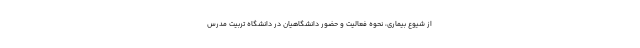
از شیوع بیماری، نحوه فعالیت و حضور دانشگاهیان در دانشگاه تربیت مدرس